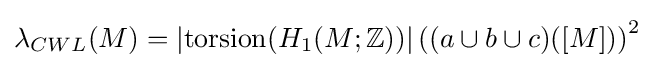
\lambda _{CWL}(M)=\left\vert \mathrm {torsion} (H_{1}(M;\mathbb {Z} ))\right\vert \left((a\cup b\cup c)([M])\right)^{2}